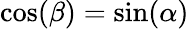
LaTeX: \cos(\beta)=\sin(\alpha)